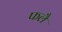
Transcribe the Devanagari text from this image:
फलै